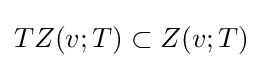
TZ(v;T)\subset Z(v;T)